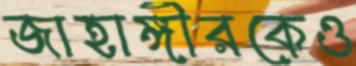
জাহাঙ্গীরকেও